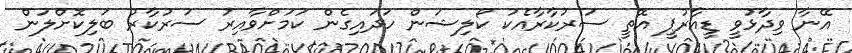
އޭނާ ވިދާޅުވީ ޑީއާރުޕީ އޮތީ ސަރުކާރާއެކު ކޯލިޝަން ހަދައިގެން ކަމަށްވާއިރު ސަރުކާރު ބަލިކޮށްލަން